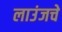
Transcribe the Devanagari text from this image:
लाउंजचे